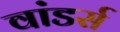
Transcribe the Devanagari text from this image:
वांडर्स